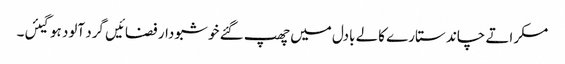
مسکراتے چاند ستارے کالے بادل میں چھپ گئے خو شبو دار فضائیں گرد آلود ہوگیئں۔